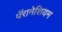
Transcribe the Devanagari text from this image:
पॅरामेशियम